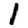
Digit: 1